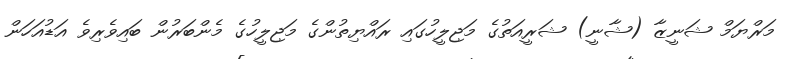
މަރްޔަމް ޝަނީޒާ (ޝާނީ) ޝަރީއަތުގެ މަޖިލީހުގައި ރައްޔިތުންގެ މަޖިލީހުގެ މެންބަރުން ބައިވެރިވެ އަޑުއަހަން